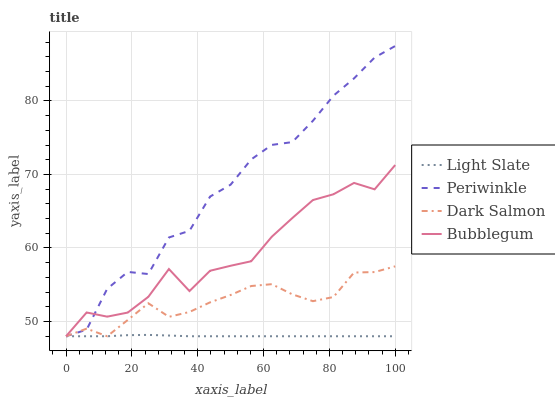
| xaxis_label | Light Slate | Periwinkle | Dark Salmon | Bubblegum |
 | --- | --- | --- | --- | --- |
 | 0 | 48 | 48 | 48 | 48 |
 | 6.25 | 48 | 48.9 | 49 | 51.2 |
 | 12.5 | 48 | 54.5 | 48 | 50.7 |
 | 18.8 | 48.1 | 56.7 | 50.2 | 51.2 |
 | 25 | 48.2 | 56.5 | 52.5 | 53.4 |
 | 31.2 | 48.1 | 61.4 | 50.6 | 57.1 |
 | 37.5 | 48 | 62.3 | 51.3 | 54.1 |
 | 43.8 | 48 | 67 | 52.6 | 56.9 |
 | 50 | 48 | 68.6 | 53.6 | 57.6 |
 | 56.2 | 48 | 72 | 54.8 | 58.2 |
 | 62.5 | 48 | 74 | 55.1 | 61.5 |
 | 68.8 | 48 | 74.4 | 53.7 | 64.1 |
 | 75 | 48 | 77.3 | 52.8 | 66.5 |
 | 81.2 | 48 | 80.7 | 53.3 | 67.3 |
 | 87.5 | 48 | 83.1 | 56.7 | 68.8 |
 | 93.8 | 48 | 85.9 | 56.7 | 68 |
 | 100 | 48 | 87.5 | 57.5 | 71.3 |